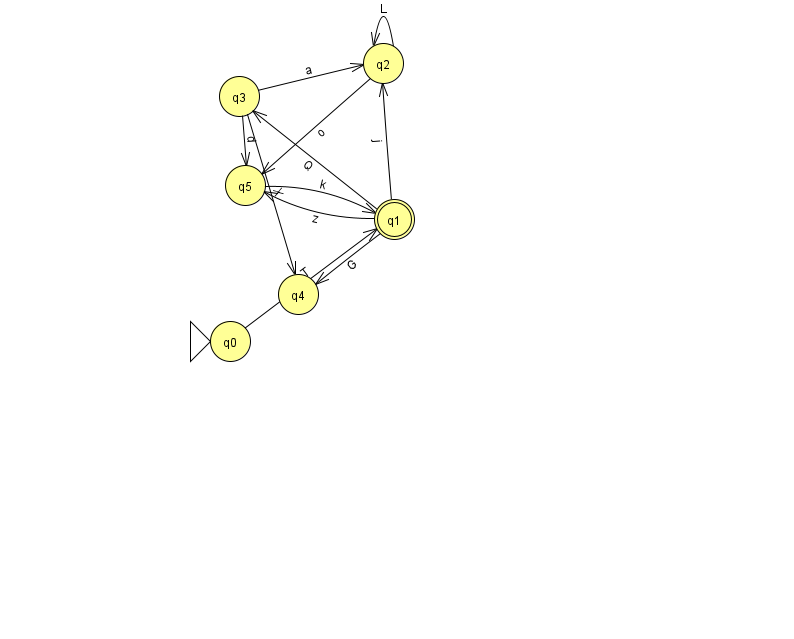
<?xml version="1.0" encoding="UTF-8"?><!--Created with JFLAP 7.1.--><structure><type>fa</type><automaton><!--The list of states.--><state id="0" name="q0"><x>230.0</x><y>328.0</y><initial/></state><state id="1" name="q1"><x>394.0</x><y>206.0</y><final/></state><state id="2" name="q2"><x>383.0</x><y>50.0</y></state><state id="3" name="q3"><x>239.0</x><y>83.0</y></state><state id="4" name="q4"><x>298.0</x><y>281.0</y></state><state id="5" name="q5"><x>245.0</x><y>172.0</y></state><!--The list of transitions.--><transition><from>5</from><to>1</to><read>k</read></transition><transition><from>1</from><to>5</to><read>z</read></transition><transition><from>3</from><to>5</to><read>d</read></transition><transition><from>1</from><to>2</to><read>j</read></transition><transition><from>3</from><to>4</to><read>X</read></transition><transition><from>0</from><to>1</to><read>T</read></transition><transition><from>1</from><to>4</to><read>G</read></transition><transition><from>3</from><to>2</to><read>a</read></transition><transition><from>2</from><to>2</to><read>L</read></transition><transition><from>2</from><to>5</to><read>o</read></transition><transition><from>1</from><to>3</to><read>Q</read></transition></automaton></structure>